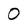
Character: 0